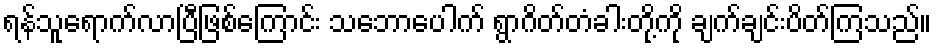
ရန်သူရောက်လာပြီဖြစ်ကြောင်း သဘောပေါက် ရွာဂိတ်တံခါးတို့ကို ချက်ချင်းပိတ်ကြသည်။